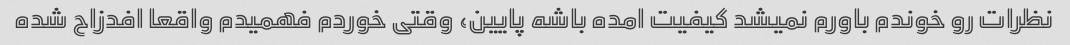
نظرات رو خوندم باورم نمیشد کیفیت امده باشه پایین، وقتی خوردم فهمیدم واقعا افدزاح شده